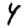
Digit: 4